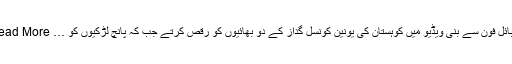
موبائل فون سے بنی ویڈیو میں کوہستان کی یونین کونسل گداز کے دو بھائیوں کو رقص کرتے جب کہ پانچ لڑکیوں کو … Read More